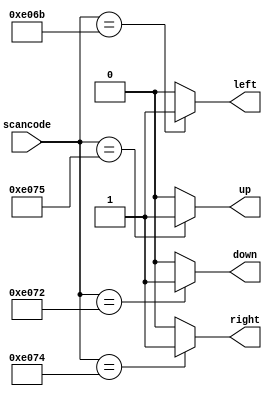
// Simply having a default case is not enough. 
// You must assign a value to all four outputs in all four cases and the default case. 
// This can involve a lot of unnecessary typing. 
// One easy way around this is to assign a "default value" to the outputs before the case statement
// synthesis verilog_input_version verilog_2001
module top_module (
    input [15:0] scancode,
    output reg left,
    output reg down,
    output reg right,
    output reg up  ); 

    always @(*) begin
        up = 0; down = 0; right = 0; left = 0;
        case (scancode)
            16'he06b: left = 1;
            16'he072: down = 1;
            16'he074: right = 1;
            16'he075: up = 1;
        endcase
    end
    
endmodule